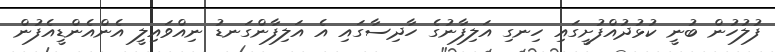
ފުލުހުން ބުނީ ކުޅުދުއްފުށީގައި ހިނގި އަލިފާނުގެ ހާދިސާގައި އެ އަލިފާންގަނޑު ނިއްވައިލީ އެންއެންޑީއެފުން